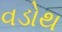
વડોથ